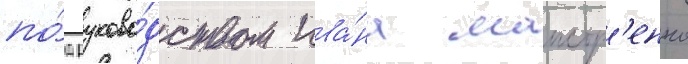
по́д руково́дством ива́на маистр'енко